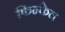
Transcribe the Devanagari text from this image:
फिन्केल